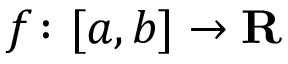
f \colon [ a , b ] \rightarrow \mathbf { R }